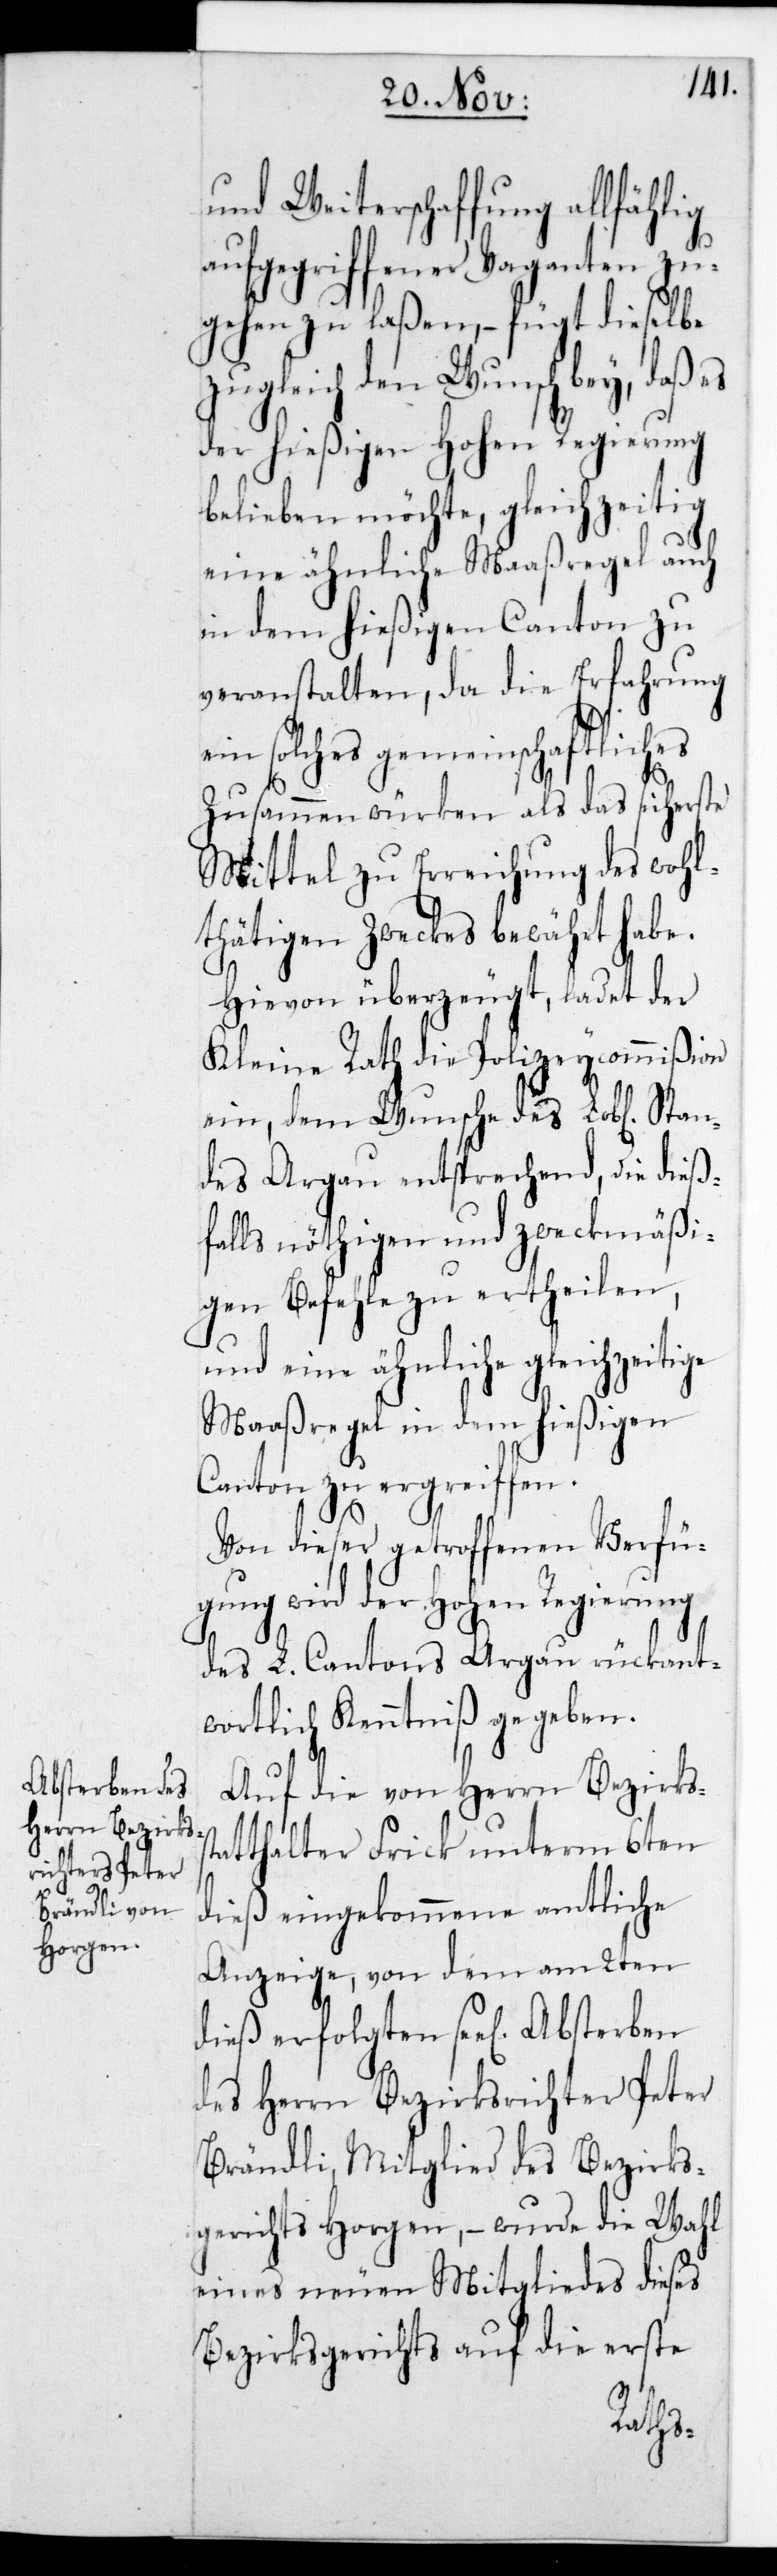
Absterben des
Herrn Bezirks¬
richter Peter

und Weiterschaffung allfählig
aufgegriffener Vaganten
zugehen zu laßen, – fügt dieselbe
zugleich den Wunsch bey, daß
der hießigen Hohen Regierung
belieben möchte, gleichzeitig
eine ähnliche Maaßregel auch
in dem hießigen Canton zu
veranstalten, da die Erfahrung
solches gemeinschaftlich¬
Zusammenwürken als das sicherste
Mittel zu Erreichung des wohl¬
thätigen Zweckes bewährt habe.
Hievon überzeugt, ladet der
Kleine Rath die Polizeycommißion
ein, dem Wunsche des L. Stan¬
des Aargau entsprechend, die dieß¬
falls nöthigen und zweckmäßi¬
gen Befehle zu ertheilen,
und eine ähnliche gleichzeitige
Maaßregel in dem hießigen
Canton zu ergreifen.
Von dieser getroffenen Verfü¬
gung wird der Hohen Regierung
des L. Canton Aargau rückant¬
wortlich Kenntniß gegeben.
Auf die von Herrn Bezirkss¬
tatthalter Frick unterm 6ten
dieß eingekommene amtliche
Anzeige, von dem am 2ten
dieß erfolgten se[ligen]
Brändli, Mitglied des Bezirks¬
gerichts Horgen, – wurde die Wahl
eines neuen Mitgliedes dieses
Bezirksgerichts auf die erste
es